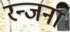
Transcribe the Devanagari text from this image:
रन्जना